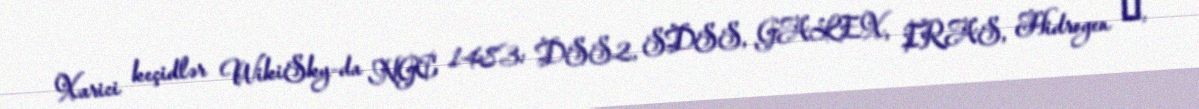
Xarici keçidlər WikiSky-da NGC 1483: DSS2, SDSS, GALEX, IRAS, Hidrogen α,